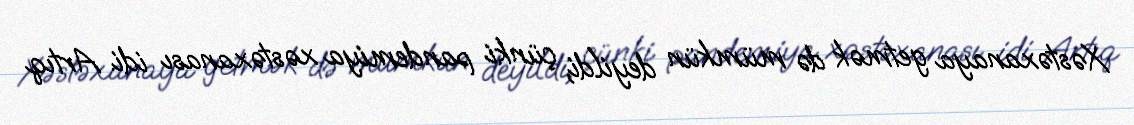
Xəstəxanaya getmək də mümkün deyildi, çünki pandemiya xəstəxanası idi. Artıq